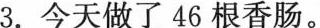
3.今天做了46根香肠。